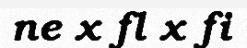
ne x fl x fi